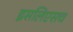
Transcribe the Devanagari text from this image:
इसलिएसच